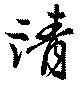
請